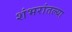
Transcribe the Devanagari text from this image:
शंभरांतल्या